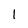
Character: 1